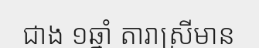
ជាង ១ឆ្នាំ តារាស្រីមាន